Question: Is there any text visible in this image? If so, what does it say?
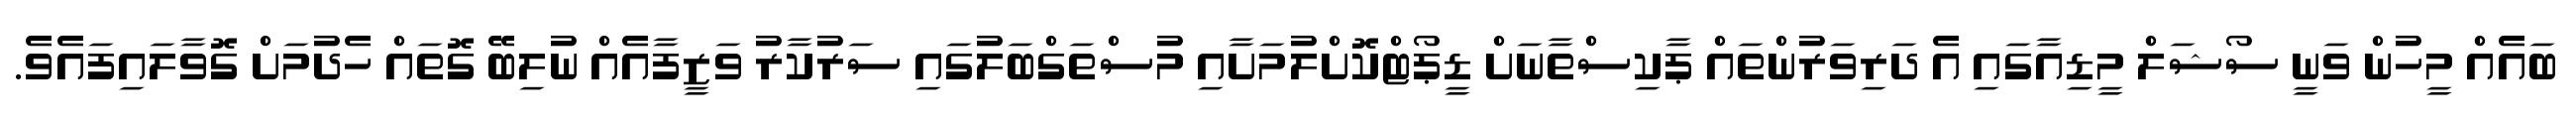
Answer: ބައެއް މީހުން ވަނީ ސޯޝަލް މީޑިއާގައި އެ ދަރިވަރުންތައް ޕާކިސްތާނަށް ޑީޕޯޓްކޮށްލުމަށާއި މުސްތަގްބަލުގައި ސަރުކާރު ވަޒީފާއެއް ނުލިބޭ ގޮތައް ހެދުމަށް ގޮވާލައިފައެވެ.